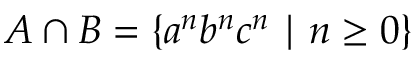
A \cap B = \{ a ^ { n } b ^ { n } c ^ { n } \mid n \geq 0 \}